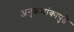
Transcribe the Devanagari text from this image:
अनुक्रमांकापुढे